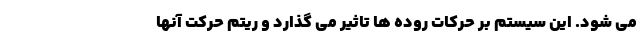
می شود. این سیستم بر حرکات روده ها تاثیر می گذارد و ریتم حرکت آنها